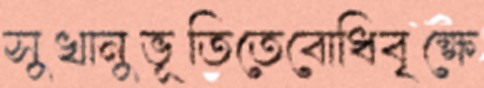
সুখানুভূতিতেবোধিবৃক্ষে